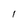
Character: 1